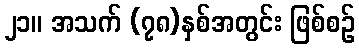
၂၁။ အသက် (၇၈)နှစ်အတွင်း ဖြစ်စဉ်